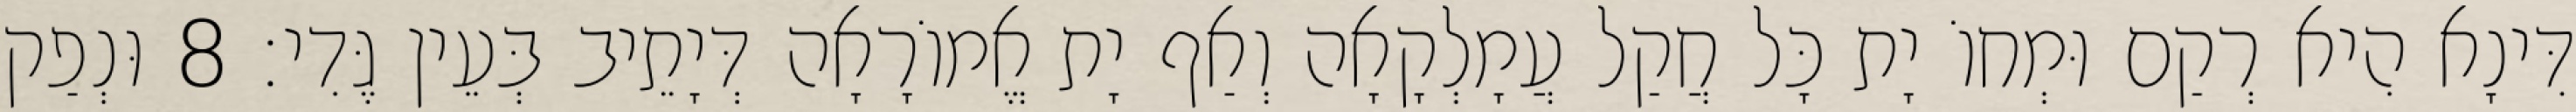
דִּינָא הִיא רְקַם וּמְחוֹ יָת כָּל חֲקַל עֲמָלְקָאָה וְאַף יָת אֱמוֹרָאָה דְּיָתֵיב בְּעֵין גֶּדִי׃ 8 וּנְפַק